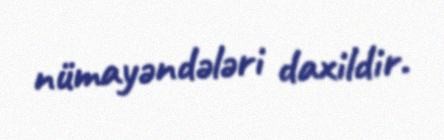
nümayəndələri daxildir.